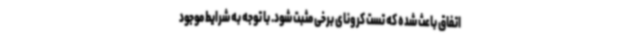
اتفاق باعث شده که تست کرونای برخی مثبت شود. با توجه به شرایط موجود